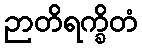
ဉာတိရက္ခိတံ